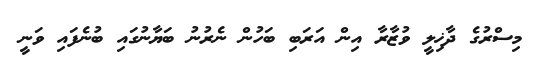
މިސްރުގެ ދާޚިލީ ވުޒާރާ އިން އަރަބި ބަހުން ނެރުނު ބަޔާނުގައި ބުނެފައި ވަނީ